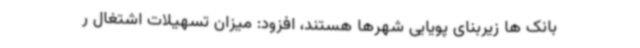
بانک ها زیربنای پویایی شهرها هستند، افزود: میزان تسهیلات اشتغال ر